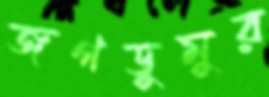
জগডুমুর